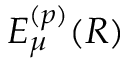
E _ { \mu } ^ { ( p ) } ( R )